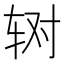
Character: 𰺃